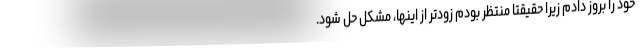
خود را بروز دادم زیرا حقیقتا منتظر بودم زودتر از اینها، مشکل حل شود.